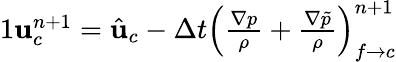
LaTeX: \begin{array}{r}{{1}\mathbf{u}_{c}^{n+1}=\hat{\mathbf{u}}_{c}-\Delta t\left(\frac{\nabla p}{\rho}+\frac{\nabla\tilde{p}}{\rho}\right)_{f\rightarrow c}^{n+1}}\end{array}